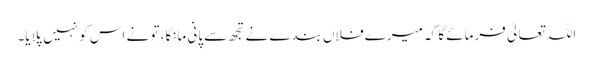
اللہ تعالیٰ فرمائے گا کہ میرے فلاں بندے نے تجھ سے پانی مانگا، تو نے اس کو نہیں پلایا۔